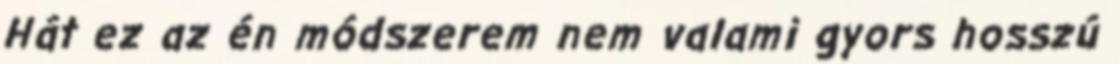
Hát ez az én módszerem nem valami gyors hosszú